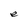
Character: e